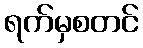
ရက်မှစတင်